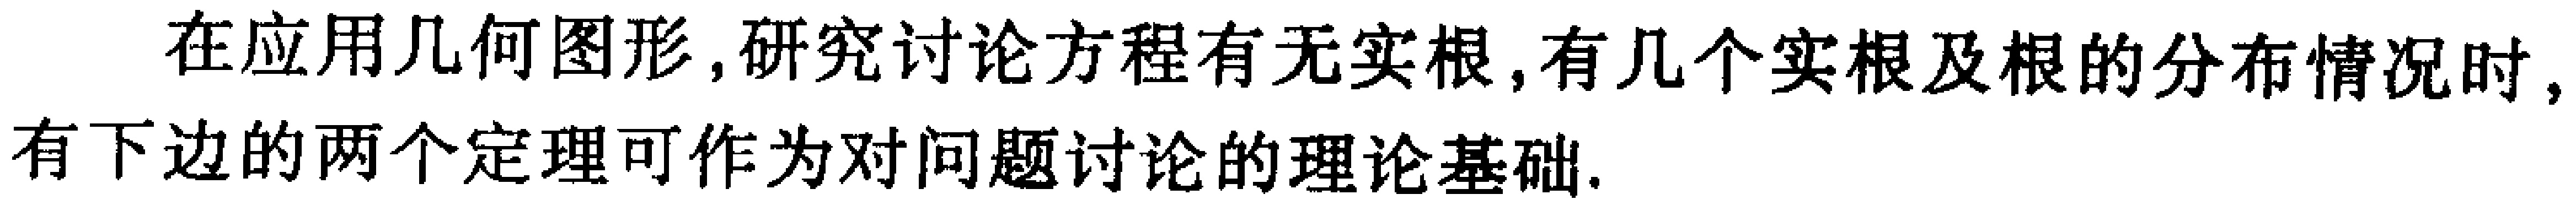
在应用几何图形,研究讨论方程有无实根,有几个实根及根的分布情况时,有下边的两个定理可作为对问题讨论的理论基础.